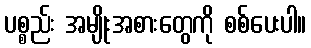
ပစ္စည်း အမျိုးအစားတွေကို စစ်ပေးပါ။